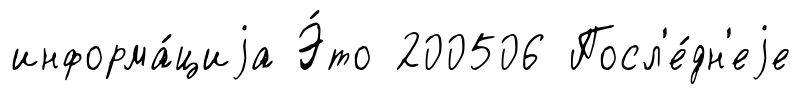
информа́циjа Э́то 200506 Посл'е́дн'еjе